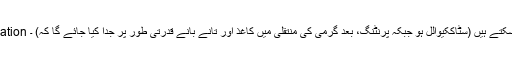
a.In شرائط کے چپچپا اب ہمارے چپچپا Sublimation منتقلی کاغذ واسکعثاٹی کی ضروریات کو پورا کر سکتے ہیں (سٹاککیوالل ہو جبکہ پرنٹنگ، بعد گرمی کی منتقلی میں کاغذ اور تانے بانے قدرتی طور پر جدا کیا جائے گا کہ) ۔